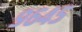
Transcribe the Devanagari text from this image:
९६४५